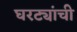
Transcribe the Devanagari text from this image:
घरट्यांची